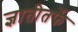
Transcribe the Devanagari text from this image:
ज्ञातीतर्फे